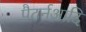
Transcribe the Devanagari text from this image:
पैटर्नआदि